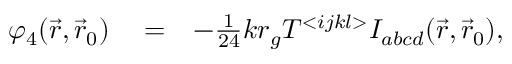
\begin{array} { r l r } { \varphi _ { 4 } ( \vec { r } , \vec { r } _ { 0 } ) } & { { } = } & { - { \textstyle \frac { 1 } { 2 4 } } k r _ { g } { \cal T } { } ^ { < i j k l > } { \cal I } _ { a b c d } ( \vec { r } , \vec { r } _ { 0 } ) , } \end{array}